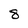
Character: 8